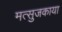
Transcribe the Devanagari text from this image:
मत्सुजकाया